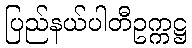
ပြည်နယ်ပါတီဥက္ကဋ္ဌ